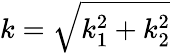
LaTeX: k=\sqrt{k_{1}^{2}+k_{2}^{2}}